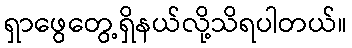
ရှာဖွေတွေ့ရှိနယ်လို့သိရပါတယ်။